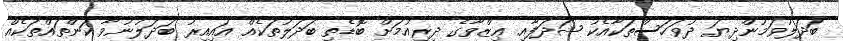
ބަދަލުވަމުންދިޔަ ދުވަހަސްތަކާއެކު ޝަދަފާއި ޢިޒްވާގެ ދިރިއުމަށް ބޮޑެތި ބަދަލުތަކެއް އައިއިރު ބަދަލުނުވާ ކަންތައްތަކެއް